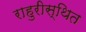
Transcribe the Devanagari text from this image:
राहुरीस्थित